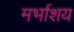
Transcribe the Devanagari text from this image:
मर्भाशय